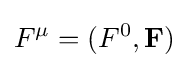
F^{\mu }=(F^{0},\mathbf {F} )